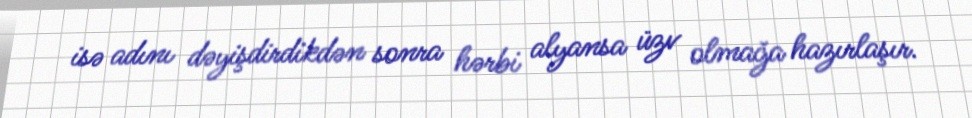
isə adını dəyişdirdikdən sonra hərbi alyansa üzv olmağa hazırlaşır.